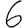
Digit: 6